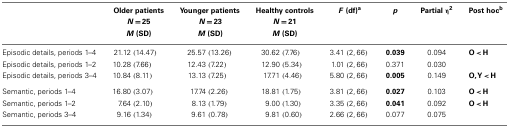
|  | Older patients | Younger patients | Healthy controls | F (df)a | p | Partial η2 | Post hocb |
 |  | N = 25 | N = 23 | N = 21 |  |
 |  | M (SD) | M (SD) | M (SD) |  |
 | --- | --- | --- | --- | --- | --- | --- | --- |
 | Episodic details, periods 1–4 | 21.12 (14.47) | 25.57 (13.26) | 30.62 (7.76) | 3.41 (2, 66) | 0.039 | 0.094 | O < H |
 | Episodic details, periods 1–2 | 10.28 (7.66) | 12.43 (7.22) | 12.90 (5.34) | 1.01 (2, 66) | 0.371 | 0.030 |  |
 | Episodic details, periods 3–4 | 10.84 (8.11) | 13.13 (7.25) | 17.71 (4.46) | 5.80 (2, 66) | 0.005 | 0.149 | O, Y < H |
 | Semantic, periods 1–4 | 16.80 (3.07) | 17.74 (2.26) | 18.81 (1.75) | 3.81 (2, 66) | 0.027 | 0.103 | O < H |
 | Semantic, periods 1–2 | 7.64 (2.10) | 8.13 (1.79) | 9.00 (1.30) | 3.35 (2, 66) | 0.041 | 0.092 | O < H |
 | Semantic, periods 3–4 | 9.16 (1.34) | 9.61 (0.78) | 9.81 (0.60) | 2.66 (2, 66) | 0.077 | 0.075 |  |